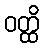
ဝတ္ထိ